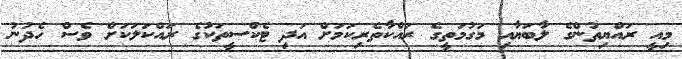
މިއީ ރައްޔިތުންގެ ލާބަޔާއި މަގުމަތީގެ ރައްކާތެރިކަމަށް އަދި ޓެކްސީތަކުގެ ރައްކަލަކަށް ވެސް ހެދުނު